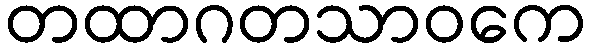
တထာဂတသာဝကေ